Leaving Certificate Examination, 1909
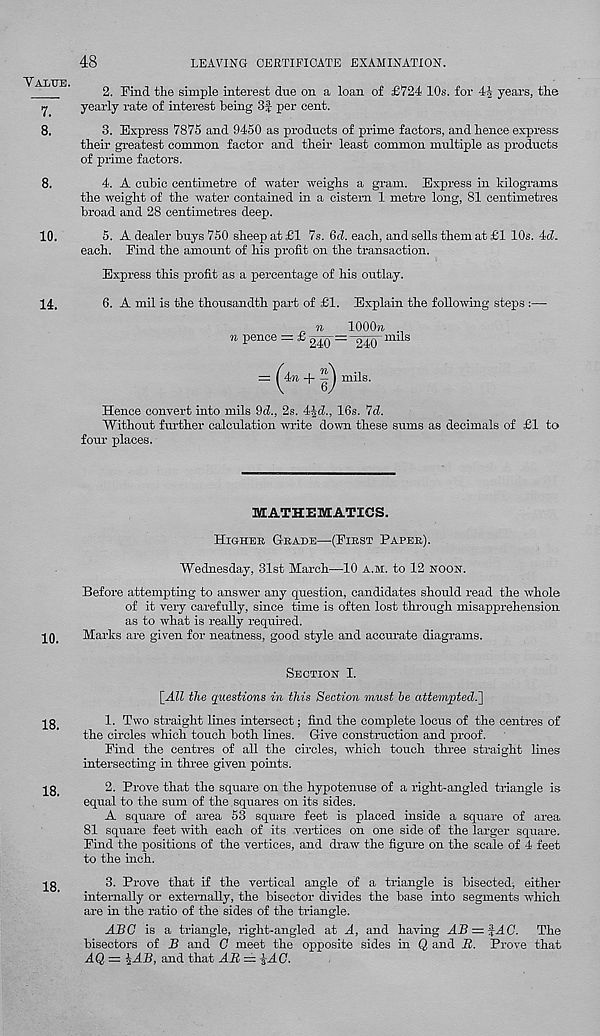
48
LEAVING CERTIFICATE EXAMINATION.
"V ALUE '
2. Find the simple interest due on a loan of £724 10s. for 4| year's, the
7
yearly rate of interest being 3£ per cent.
8.
3. Express 7875 and 9450 as products of prime factors, and hence express
their greatest common factor and their least common multiple as products
of prime factors.
8.
4. A cubic centimetre of water weighs a gram. Express in kilograms
the weight of the water contained in a cistern 1 metre long, 81 centimetres
broad and 28 centimetres deep.
10.
5. A dealer buys 750 sheep at £1 7s. 6d. each, and sells them at £1 10s. 4c7.
each. Find the amount of his profit on the transaction.
Express this profit as a percentage of his outlay.
14.
6. A mil is the thousandth part of £1. Explain the following steps :—
n pence = £ 9T?r=
n 1000)1
240“ 240 mils
(4, l+ |)
| 4n + —J mils.
Hence convert into mils 9d., 2s. 4Jd., 16s. 7d.
Without further calculation write down these sums as decimals of £1 to
four places.
10.
MATHEMATICS.
Higher G-rade—(First Paper).
Wednesday, 31st March—10 a.m. to 12 noon.
Before attempting to answer any question, candidates should read the whole
of it very carefully, since time is often lost through misapprehension
as to what is really required.
Marks are given for neatness, good style and accurate diagrams.
18.
18.
18.
Section I.
[All the questions in this Section must he attempted^]
1. Two straight lines intersect; find the complete locus of the centres of
the circles rvhich touch both lines. Give construction and proof.
Find the centres of all the circles, which touch three straight lines
intersecting in three given points.
2. Prove that the square on the hypotenuse of a right-angled triangle is
equal to the sum of the squares on its sides.
A square of area 53 square feet is placed inside a square of area
81 square feet with each of its vertices on one side of the larger square.
Find the positions of the vertices, and draw the figure on the scale of 4 feet
to the inch.
3. Prove that if the vertical angle of a triangle is bisected, either
internally or externally, the bisector divides the base into segments which
are in the ratio of the sides of the triangle.
ABC is a triangle, right-angled at A, and having
=
The
bisectors of B and C meet the opposite sides in Q and B. Prove that
AQ— %AB, and that AR = IAC.